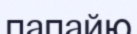
папайю